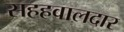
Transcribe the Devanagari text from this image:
सहहवालदार